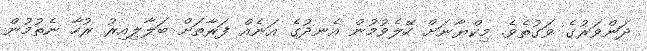
ދަންވަރުގެ ވަގުތެވެ. މިކްޔާނަށް ހޭލެވުމުން އެނދުގެ އަނެއް ފަރާތަށް ބަލާލިއިރު ރުހާ ނެތުމުން